Civil Veterinary Department ledger series I-VI
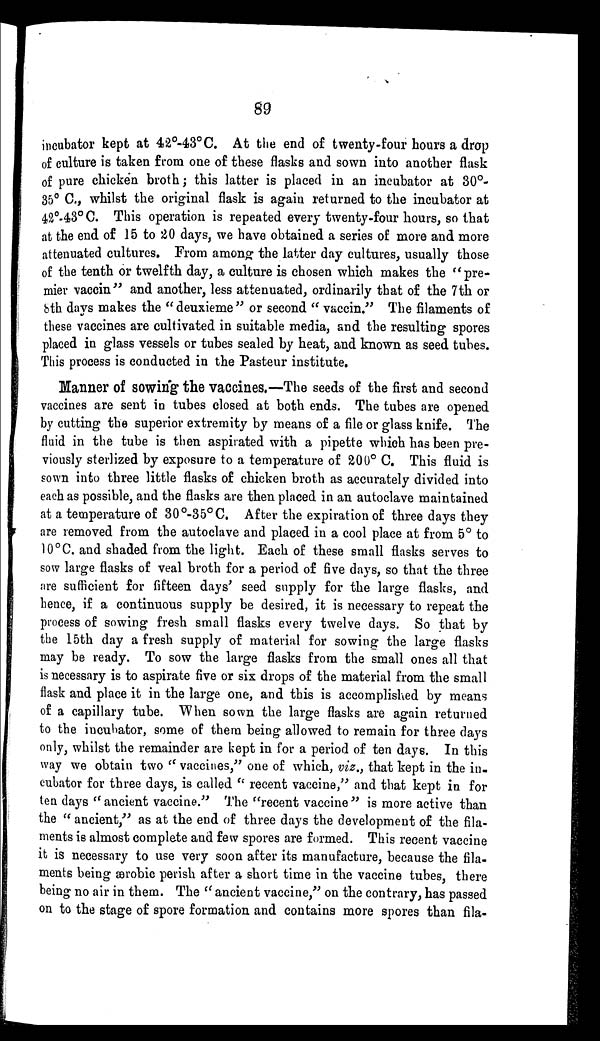
89
incubator kept at 42°-43°C. At the end of twenty-four hours a drop
of culture is taken from one of these flasks and sown into another flask
of pure chicken broth; this latter is placed in an incubator at 30°-
35° C., whilst the original flask is again returned to the incubator at
42°-43° C. This operation is repeated every twenty-four hours, so that
at the end of 15 to 20 days, we have obtained a series of more and more
attenuated cultures. From among the latter day cultures, usually those
of the tenth or twelfth day, a culture is chosen which makes the " pre-
mier vaccin" and another, less attenuated, ordinarily that of the 7th or
8th days makes the "deuxieme" or second " vaccin." The filaments of
these vaccines are cultivated in suitable media, and the resulting spores
placed in glass vessels or tubes sealed by heat, and known as seed tubes.
This process is conducted in the Pasteur institute.
Manner of sowing the vaccines.—The seeds of the first and second
vaccines are sent in tubes closed at both ends. The tubes are opened
by cutting the superior extremity by means of a file or glass knife. The
fluid in the tube is then aspirated with a pipette which has been pre-
viously sterlized by exposure to a temperature of 200° C. This fluid is
sown into three little flasks of chicken broth as accurately divided into
each as possible, and the flasks are then placed in an autoclave maintained
at a temperature of 30°-35°C. After the expiration of three days they
are removed from the autoclave and placed in a cool place at from 5° to
10°C. and shaded from the light. Each of these small flasks serves to
sow large flasks of veal broth for a period of five days, so that the three
are sufficient for fifteen days' seed supply for the large flasks, and
hence, if a continuous supply be desired, it is necessary to repeat the
process of sowing fresh small flasks every twelve days. So that by
the 15th day a fresh supply of material for sowing the large flasks
may be ready. To sow the large flasks from the small ones all that
is necessary is to aspirate five or six drops of the material from the small
flask and place it in the large one, and this is accomplished by means
of a capillary tube. When sown the large flasks are again returned
to the incubator, some of them being allowed to remain for three days
only, whilst the remainder are kept in for a period of ten days. In this
way we obtain two " vaccines," one of which, viz., that kept in the iu-
cubator for three days, is called " recent vaccine," and that kept in for
ten days " ancient vaccine." The "recent vaccine " is more active than
the " ancient," as at the end of three days the development of the fila-
ments is almost complete and few spores are formed. This recent vaccine
it is necessary to use very soon after its manufacture, because the fila-
ments being ærobic perish after a short time in the vaccine tubes, there
being no air in them. The " ancient vaccine," on the contrary, has passed
on to the stage of spore formation and contains more spores than fila-